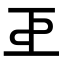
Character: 𢀓